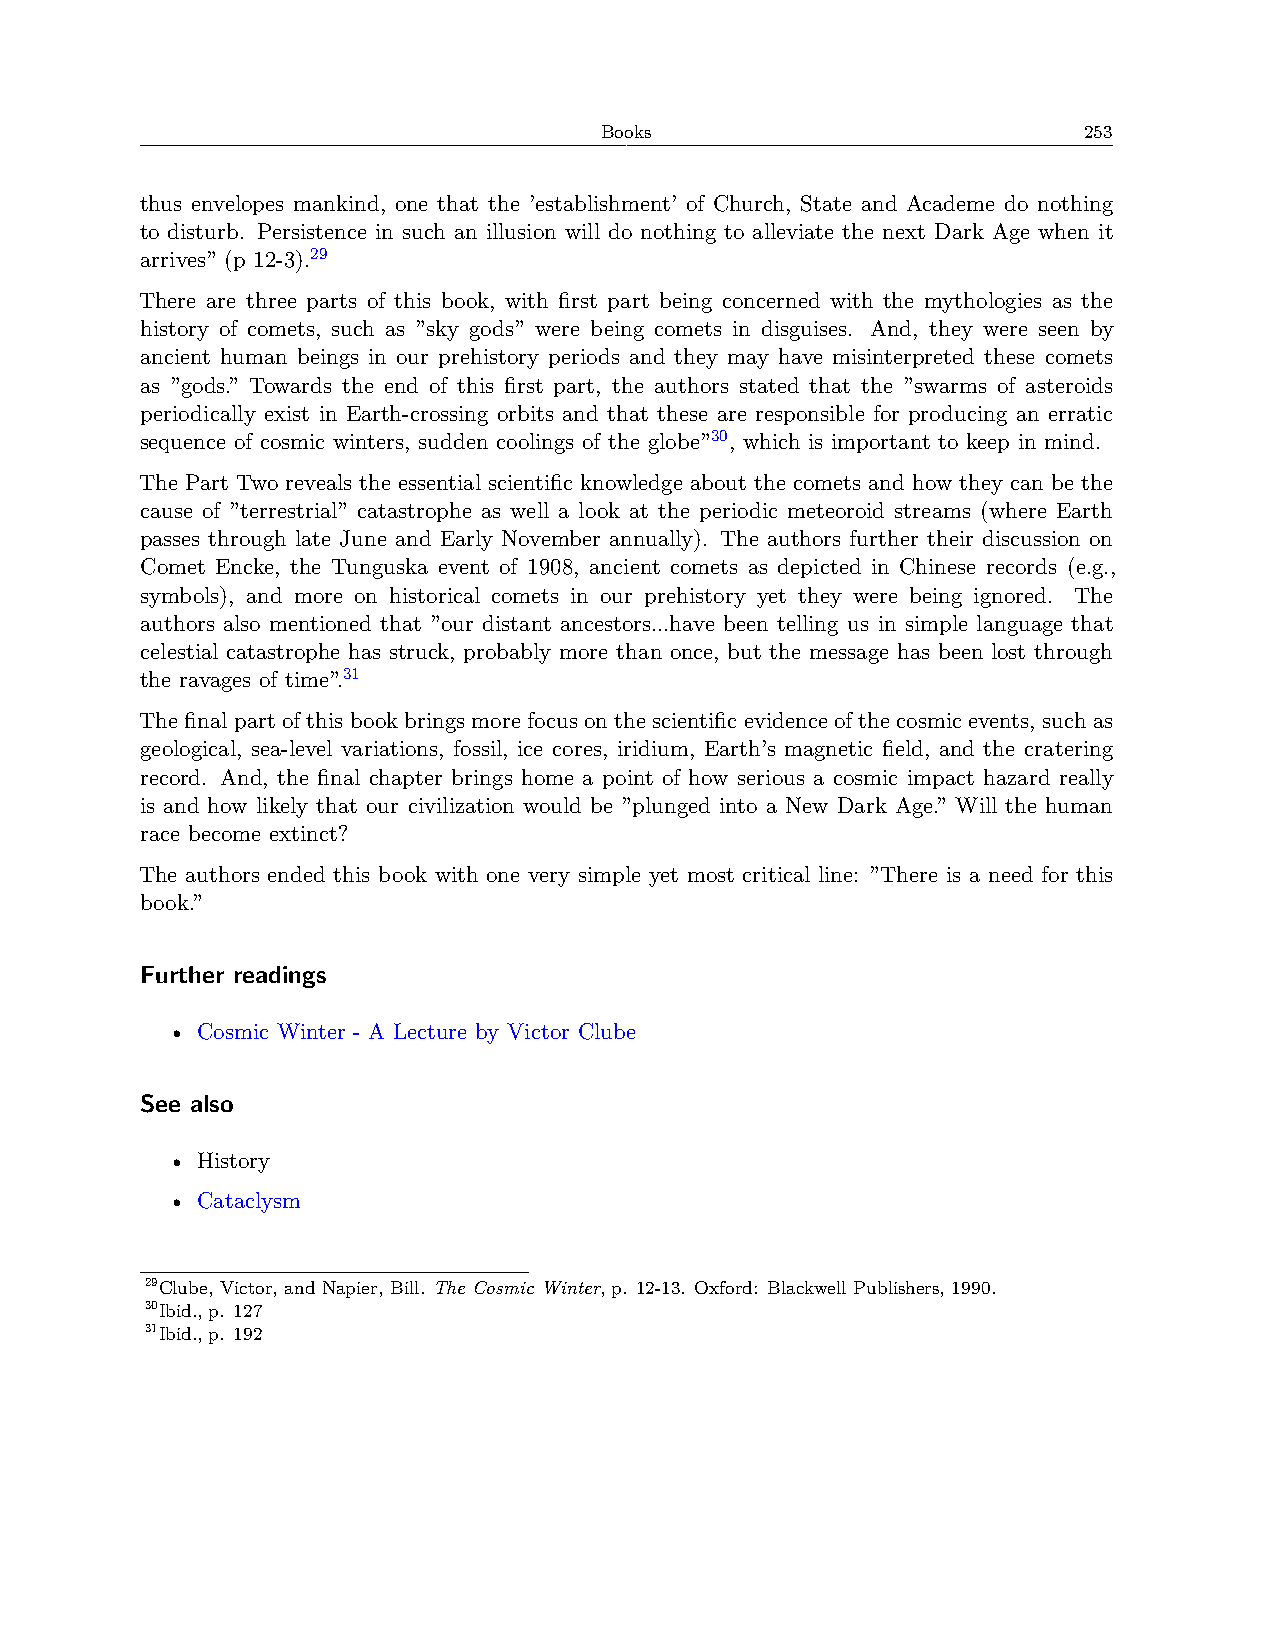
Books                           253
 thus envelopes mankind, one that the ’establishment’ of Church, State and Academe do nothing
 to disturb. Persistence in such an illusion will do nothing to alleviate the next Dark Age when it
 arrives” (p 12-3).29
 There are three parts of this book, with first part being concerned with the mythologies as the
 history of comets, such as ”sky gods” were being comets in disguises. And, they were seen by
 ancient human beings in our prehistory periods and they may have misinterpreted these comets
 as ”gods.” Towards the end of this first part, the authors stated that the ”swarms of asteroids
 periodically exist in Earth-crossing orbits and that these are responsible for producing an erratic
 sequence of cosmic winters, sudden coolings of the globe”30, which is important to keep in mind.
 The Part Two reveals the essential scientific knowledge about the comets and how they can be the
 cause of ”terrestrial” catastrophe as well a look at the periodic meteoroid streams (where Earth
 passes through late June and Early November annually). The authors further their discussion on
 Comet Encke, the Tunguska event of 1908, ancient comets as depicted in Chinese records (e.g.,
 symbols), and more on historical comets in our prehistory yet they were being ignored. The
 authors also mentioned that ”our distant ancestors...have been telling us in simple language that
 celestial catastrophe has struck, probably more than once, but the message has been lost through
 the ravages of time”.31
 The final part of this book brings more focus on the scientific evidence of the cosmic events, such as
 geological, sea-level variations, fossil, ice cores, iridium, Earth’s magnetic field, and the cratering
 record. And, the final chapter brings home a point of how serious a cosmic impact hazard really
 is and how likely that our civilization would be ”plunged into a New Dark Age.” Will the human
 race become extinct?
 The authors ended this book with one very simple yet most critical line: ”There is a need for this
 book.”
 Further readings
 • Cosmic Winter - A Lecture by Victor Clube
 See also
 • History
 • Cataclysm
 29Clube, Victor, and Napier, Bill. The Cosmic Winter, p. 12-13. Oxford: Blackwell Publishers, 1990.
 30Ibid., p. 127
 31Ibid., p. 192